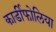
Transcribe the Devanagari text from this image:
कार्डीफोलिया